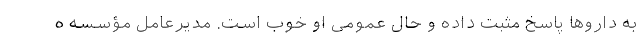
به داروها پاسخ مثبت داده و حال عمومی او خوب است. مدیرعامل مؤسسه ه